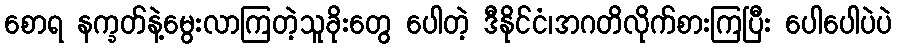
စောရ နက္ခတ်နဲ့မွေးလာကြတဲ့သူခိုးတွေ ပေါတဲ့ ဒီနိုင်ငံ၊အဂတိလိုက်စားကြပြီး ပေါပေါပဲပဲ